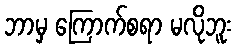
ဘာမှ ကြောက်စရာ မလိုဘူး